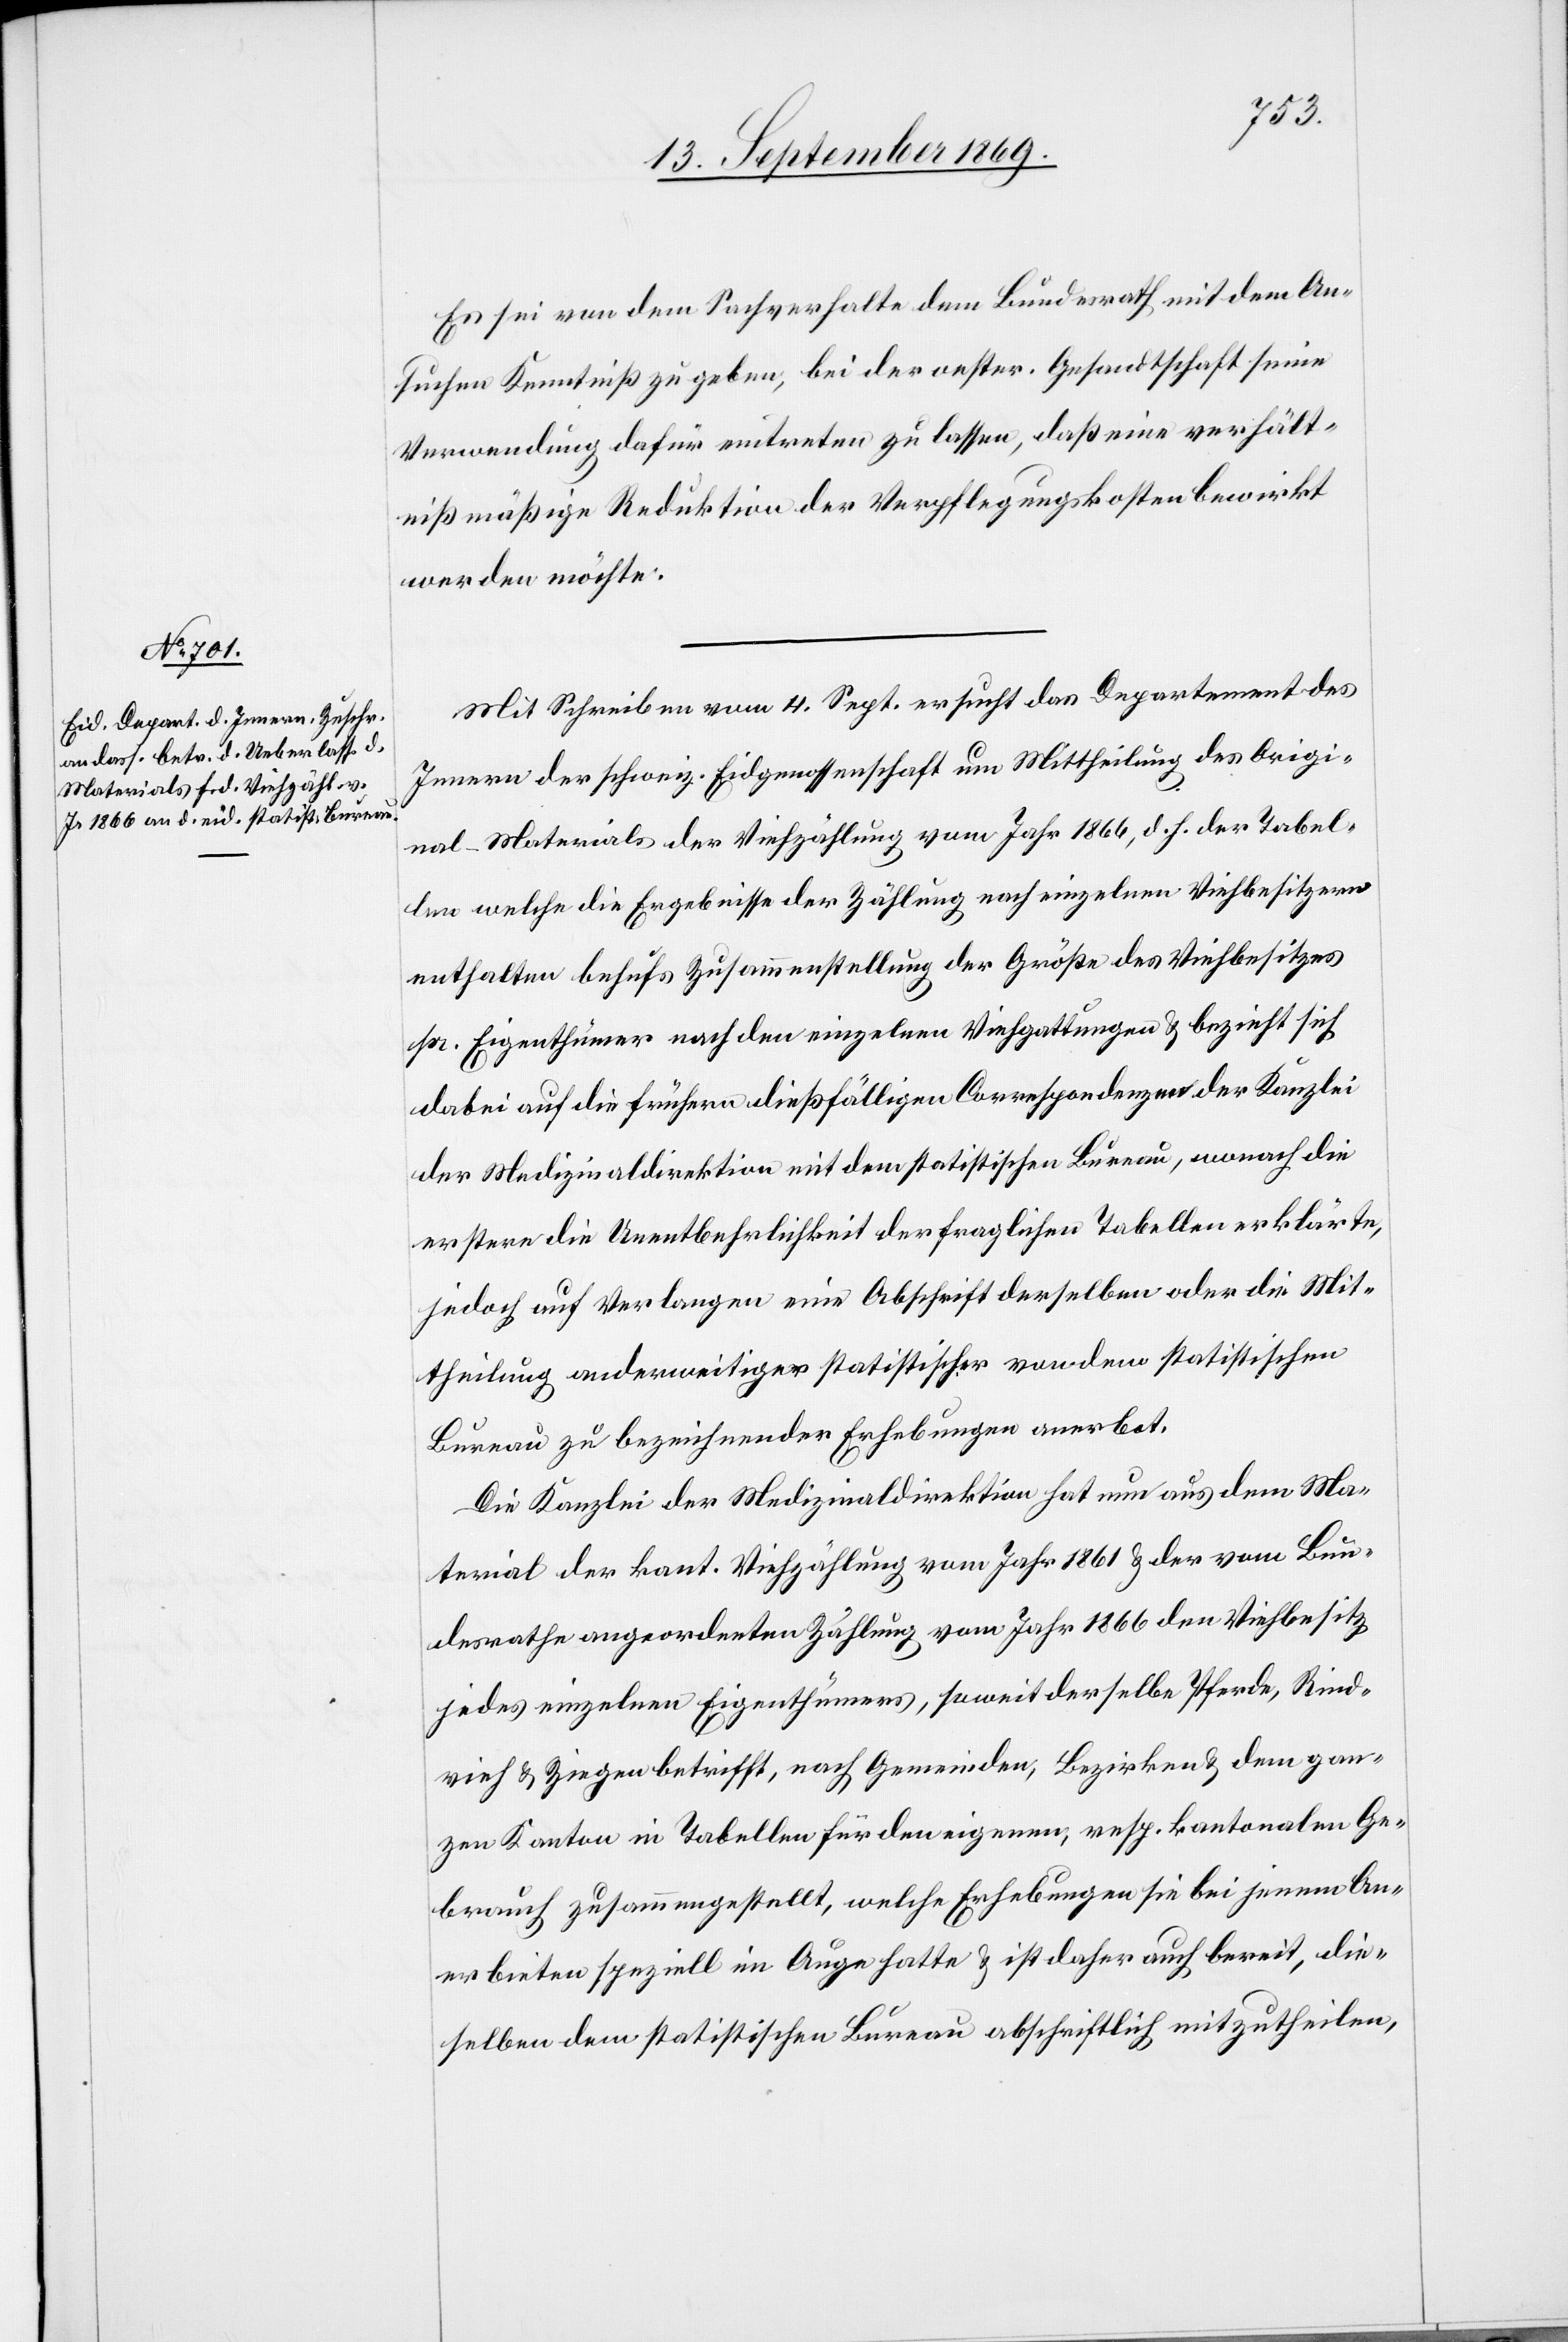
Es sei von dem Sachverhalte dem Bundesrath mit dem An¬
suchen Kenntniß zu geben, bei der oester. Gesandtschaft seine
Verwendung dafür eintreten zu lassen, daß eine verhält¬
nißmäßige Reduktion der Verpflegungskosten bewirkt
werden möchte.
Mit Schreiben vom 4. Sept. ersucht das Departement des
Innern der schweiz. Eidgenossenschaft um Mittheilung des Origi¬
nal-Materials der Viehzählung vom Jahr 1866, d. h. der Tabel¬
len welche die Ergebnisse der Zählung nach einzelnen Viehbesitzern
enthalten behufs Zusammenstellung der Größe des Viehbesitzes
pr. Eigenthümer nach den einzelnen Viehgattungen & bezieht sich
dabei auf die frühern dießfälligen Correspondenzen der Kanzlei
der Medizinaldirektion mit dem statistischen Bureau, wonach die
erstern die Unentbehrlichkeit der fraglichen Tabellen erklärte,
jedoch auf Verlangen eine Abschrift derselben oder die Mit¬
theilung anderweitiger statistischer von dem statistischen
Bureau zu bezeichnender Erhebungen anerbot.
Die Kanzlei der Medizinaldirektion hat nun aus dem Ma¬
terial der kant. Viehzählung vom Jahr 1861 & der vom Bun¬
desrathe angeordneten Zählung vom Jahr 1866 den Viehbesitz
jedes einzelnen Eigenthümers, soweit derselbe Pferde, Rind¬
vieh & Ziegen betrifft, nach Gemeinden, Bezirken & dem gan¬
zen Kanton in Tabellen für den eigenen, resp. kantonalen Ge¬
brauch zusammengestellt, welche Erhebungen sie bei jenem An¬
erbieten speziell im Auge hatte & ist daher auch bereit, die¬
selben dem statistischen Bureau abschriftlich mitzutheilen,